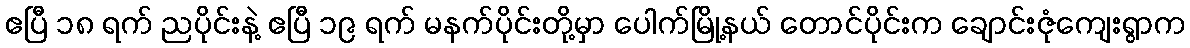
ဧပြီ ၁၈ ရက် ညပိုင်းနဲ့ ဧပြီ ၁၉ ရက် မနက်ပိုင်းတို့မှာ ပေါက်မြို့နယ် တောင်ပိုင်းက ချောင်းဇုံကျေးရွာက